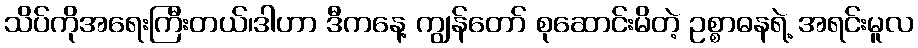
သိပ်ကိုအရေးကြီးတယ်၊ဒါဟာ ဒီကနေ့ ကျွန်တော် စုဆောင်းမိတဲ့ ဥစ္စာဓနရဲ့ အရင်းမူလ